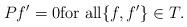
LaTeX: \begin{align*} Pf'=0 \mbox{for all} \{f,f'\} \in T.\end{align*}